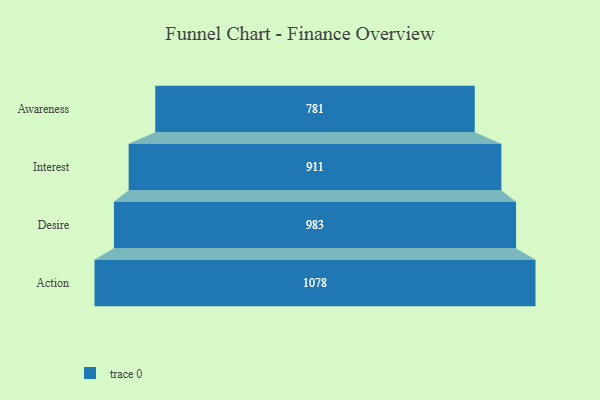
{"axis": {"x": "Stage", "y": "Value"}, "legend": [""], "data": [{"x": "Awareness", "y": 781.0, "type": ""}, {"x": "Interest", "y": 911.0, "type": ""}, {"x": "Desire", "y": 983.0, "type": ""}, {"x": "Action", "y": 1078.0, "type": ""}]}